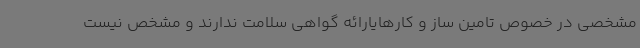
مشخصی در خصوص تامین ساز و کارهایارائه گواهی سلامت ندارند و مشخص نیست